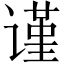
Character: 谨